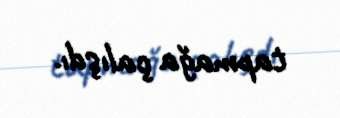
tapmağa çalışdı.